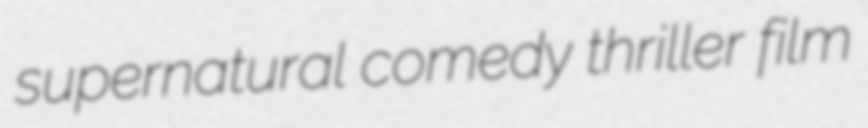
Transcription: supernatural comedy thriller film